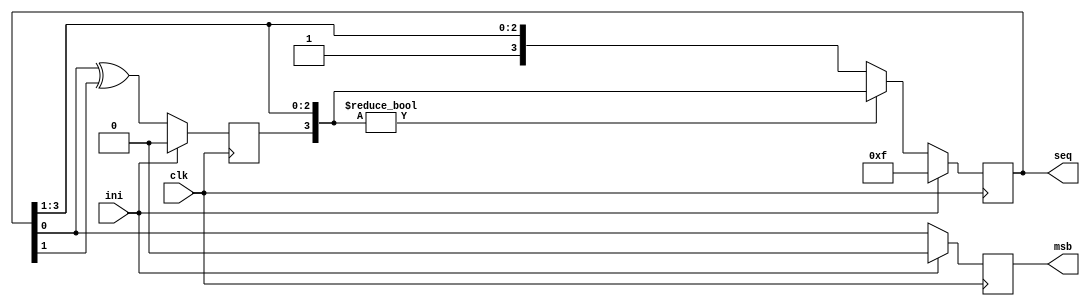
module top(clk, ini, msb, seq);
input clk;
input ini;
output reg msb;
output reg [3:0] seq;

reg lsb;

always @ (posedge clk)
begin
    if(ini)//initializing
	 begin
        seq <= #1 4'b1111; //seed
		  msb <= 0;
		  lsb <=1^1; //first xor -> 3rd,4th xor
	 end
    else
    begin
	     msb <= seq[0]; //Output
		  if({lsb,seq[3:1]})
				seq <= #1 {lsb, seq[3:1]}; //Re-Pack, Sequence printed
		  else
				seq <= #1 {1, seq[3:1]}; //Re-Pack, Sequence printed
		  lsb <= seq[0] ^ seq[1]; //Feed back
    end
end

endmodule